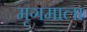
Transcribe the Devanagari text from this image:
मृगमाला